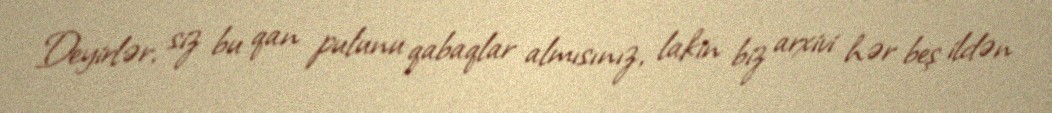
Deyirlər, siz bu qan pulunu qabaqlar almısınız, lakin biz arxivi hər beş ildən